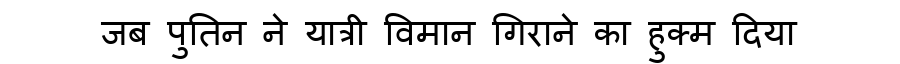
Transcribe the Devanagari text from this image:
जब पुतिन ने यात्री विमान गिराने का हुक्म दिया